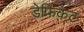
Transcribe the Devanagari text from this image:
डेफिकेट